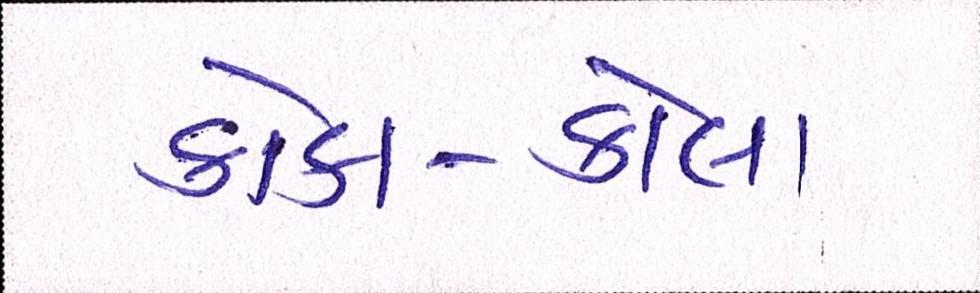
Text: કોકા-કોલા